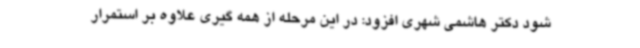
شود دکتر هاشمی شهری افزود: در این مرحله از همه گیری علاوه بر استمرار